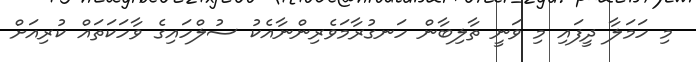
މި ހަމަލާ ދީފައި މި ވަނީ ތާލިބާން ހަނގުރާމަވެރިންނާއެކު ސުލްހައިގެ ވާހަކަތައް ކުރިއަށް